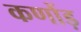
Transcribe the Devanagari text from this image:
कणोंड़